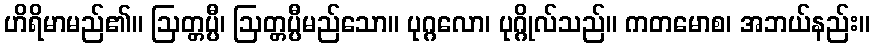
ဟိရိမာမည်၏။ ဩတ္တပ္ပီ၊ ဩတ္တပ္ပီမည်သော။ ပုဂ္ဂလော၊ ပုဂ္ဂိုလ်သည်။ ကတမောစ၊ အဘယ်နည်း။